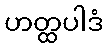
ဟတ္ထပါဒံ